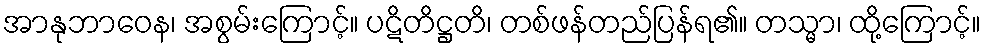
အာနုဘာဝေန၊ အစွမ်းကြောင့်။ ပဋိတိဋ္ဌတိ၊ တစ်ဖန်တည်ပြန်ရ၏။ တသ္မာ၊ ထို့ကြောင့်။